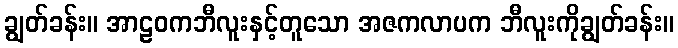
ချွတ်ခန်း။ အာဠဝကဘီလူးနှင့်တူသော အဇကလာပက ဘီလူးကိုချွတ်ခန်း။